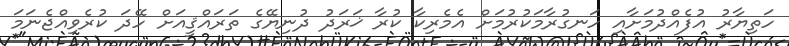
ހަތިޔާރު އުފެއްދުމަށާއި ހަނގުރާމަކުރުމަށް އެމެރިކާ ކުރާ ޚަރަދު ދުނިޔޭގެ ތަރައްޤީއަށް ހޭދަ ކުރެވިއްޖެނަމަ